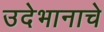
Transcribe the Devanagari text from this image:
उदेभानाचे